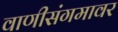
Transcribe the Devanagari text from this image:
वाणीसंगमावर